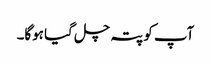
‌ آپ کو پتہ چل گیا ہوگا۔